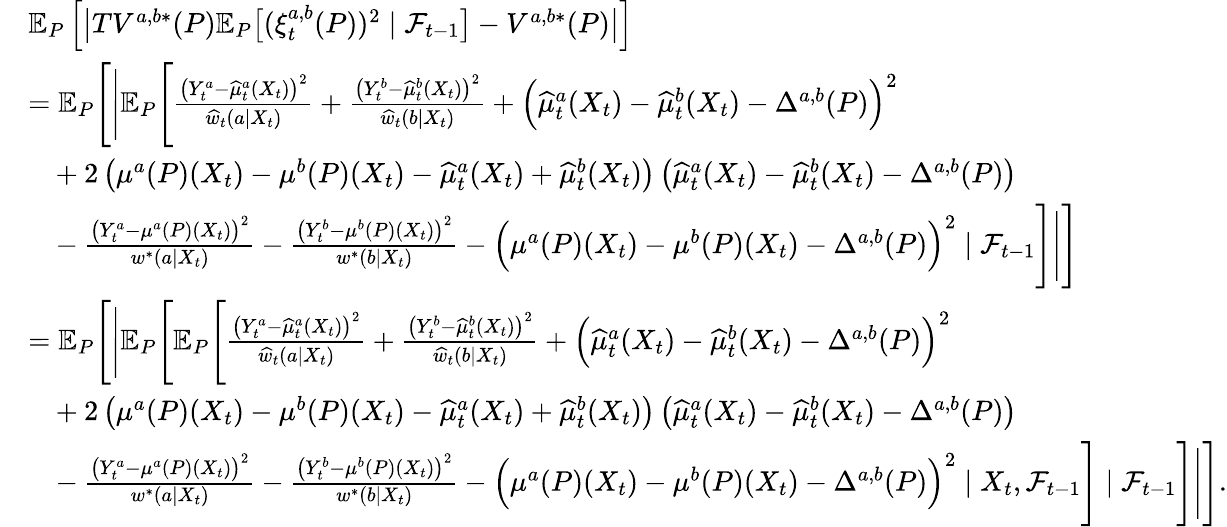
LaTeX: \begin{array}{rl}&{\mathbb{E}_{P}\left[\big|TV^{a,b*}(P)\mathbb{E}_{P}\big[(\xi_{t}^{a,b}(P))^{2}\mid\mathcal{F}_{t-1}\big]-V^{a,b*}(P)\big|\right]}\\ &{=\mathbb{E}_{P}\Bigg[\Bigg|\mathbb{E}_{P}\Bigg[\frac{\big(Y_{t}^{a}-\widehat{\mu}_{t}^{a}(X_{t})\big)^{2}}{\widehat{w}_{t}(a|X_{t})}+\frac{\big(Y_{t}^{b}-\widehat{\mu}_{t}^{b}(X_{t})\big)^{2}}{\widehat{w}_{t}(b|X_{t})}+\Big(\widehat{\mu}_{t}^{a}(X_{t})-\widehat{\mu}_{t}^{b}(X_{t})-\Delta^{a,b}(P)\Big)^{2}}\\ &{\ \ \ +2\left(\mu^{a}(P)(X_{t})-\mu^{b}(P)(X_{t})-\widehat{\mu}_{t}^{a}(X_{t})+\widehat{\mu}_{t}^{b}(X_{t})\right)\left(\widehat{\mu}_{t}^{a}(X_{t})-\widehat{\mu}_{t}^{b}(X_{t})-\Delta^{a,b}(P)\right)}\\ &{\ \ \ -\frac{\big(Y_{t}^{a}-\mu^{a}(P)(X_{t})\big)^{2}}{w^{*}(a|X_{t})}-\frac{\big(Y_{t}^{b}-\mu^{b}(P)(X_{t})\big)^{2}}{w^{*}(b|X_{t})}-\Big(\mu^{a}(P)(X_{t})-\mu^{b}(P)(X_{t})-\Delta^{a,b}(P)\Big)^{2}\mid\mathcal{F}_{t-1}\Bigg]\Bigg|\Bigg]}\\ &{=\mathbb{E}_{P}\Bigg[\Bigg|\mathbb{E}_{P}\Bigg[\mathbb{E}_{P}\Bigg[\frac{\big(Y_{t}^{a}-\widehat{\mu}_{t}^{a}(X_{t})\big)^{2}}{\widehat{w}_{t}(a|X_{t})}+\frac{\big(Y_{t}^{b}-\widehat{\mu}_{t}^{b}(X_{t})\big)^{2}}{\widehat{w}_{t}(b|X_{t})}+\Big(\widehat{\mu}_{t}^{a}(X_{t})-\widehat{\mu}_{t}^{b}(X_{t})-\Delta^{a,b}(P)\Big)^{2}}\\ &{\ \ \ +2\left(\mu^{a}(P)(X_{t})-\mu^{b}(P)(X_{t})-\widehat{\mu}_{t}^{a}(X_{t})+\widehat{\mu}_{t}^{b}(X_{t})\right)\left(\widehat{\mu}_{t}^{a}(X_{t})-\widehat{\mu}_{t}^{b}(X_{t})-\Delta^{a,b}(P)\right)}\\ &{\ \ \ -\frac{\big(Y_{t}^{a}-\mu^{a}(P)(X_{t})\big)^{2}}{w^{*}(a|X_{t})}-\frac{\big(Y_{t}^{b}-\mu^{b}(P)(X_{t})\big)^{2}}{w^{*}(b|X_{t})}-\Big(\mu^{a}(P)(X_{t})-\mu^{b}(P)(X_{t})-\Delta^{a,b}(P)\Big)^{2}\mid X_{t},\mathcal{F}_{t-1}\Bigg]\mid\mathcal{F}_{t-1}\Bigg]\Bigg|\Bigg].}\end{array}